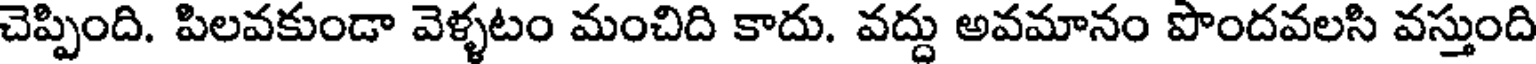
చెప్పింది. పిలవకుండా వెళ్ళటం మంచిది కాదు. వద్దు అవమానం పొందవలసి వస్తుంది